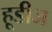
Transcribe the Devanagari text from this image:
हूडीज